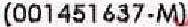
(001451637-M)